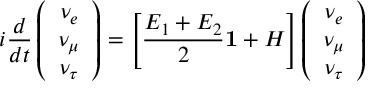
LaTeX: i \frac { d } { d t } \left( \begin{array} { c } { { \nu _ { e } } } \\ { { \nu _ { \mu } } } \\ { { \nu _ { \tau } } } \end{array} \right) = \left[ \frac { E _ { 1 } + E _ { 2 } } { 2 } { \bf 1 } + H \right] \left( \begin{array} { c } { { \nu _ { e } } } \\ { { \nu _ { \mu } } } \\ { { \nu _ { \tau } } } \end{array} \right)